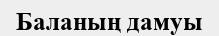
Баланың дамуы